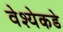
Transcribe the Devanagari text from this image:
वेश्येकडे